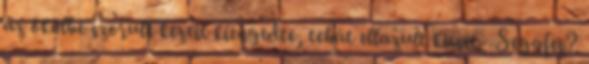
az ökölbe szorult kezeit kiengedte, tehát ellazult kicsit. -Seggfej?